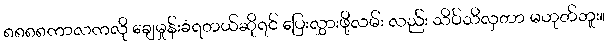
၈၈၈၈ကာလကလို ချေမှုန်းခံရတယ်ဆိုရင် ပြေးလွှားဖို့လမ်း လည်း သိပ်သိလှတာ မဟုတ်ဘူး။